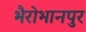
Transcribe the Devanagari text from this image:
भैरोभानपुर